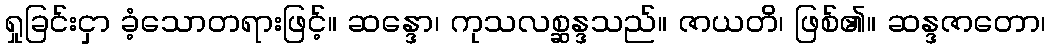
ရှုခြင်းငှာ ခံ့သောတရားဖြင့်။ ဆန္ဒော၊ ကုသလစ္ဆန္ဒသည်။ ဇာယတိ၊ ဖြစ်၏။ ဆန္ဒဇာတော၊